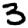
Digit: 3